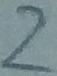
Text: 2